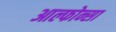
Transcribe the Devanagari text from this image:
आल्फोन्सा